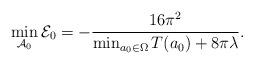
LaTeX: \begin{align*} \min_{\mathcal A_0} \mathcal E_0 = -{16 \pi^2 \over \min_{a_0 \in \Omega} T(a_0) + 8 \pi \lambda}. \end{align*}